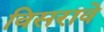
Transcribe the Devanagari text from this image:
विसरावे